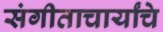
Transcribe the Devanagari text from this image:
संगीताचार्यांचे